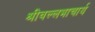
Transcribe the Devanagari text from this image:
श्रीवल्‍लभाचार्य